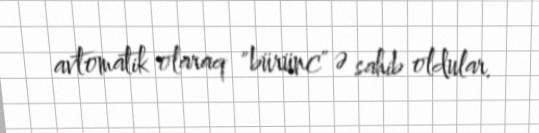
avtomatik olaraq "bürünc" ə sahib oldular.